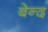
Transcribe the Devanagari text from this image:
बेन्द